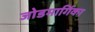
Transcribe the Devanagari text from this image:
जोडमार्गिका